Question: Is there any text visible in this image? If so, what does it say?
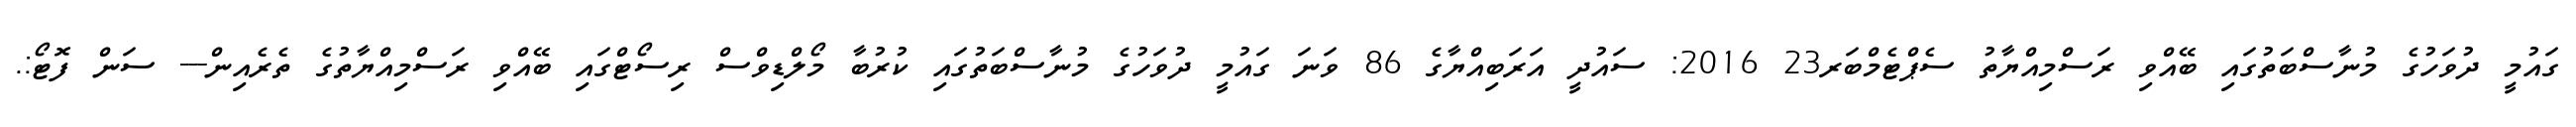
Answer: ގައުމީ ދުވަހުގެ މުނާސްބަތުގައި ބޭއްވި ރަސްމިއްޔާތު ސެޕްޓެމްބަރ23 2016: ސައުދީ އަރަބިއްޔާގެ 86 ވަނަ ގައުމީ ދުވަހުގެ މުނާސްބަތުގައި ކުރުބާ މޯލްޑިވްސް ރިސޯޓްގައި ބޭއްވި ރަސްމިއްޔާތުގެ ތެރެއިން--- ސަން ފޮޓޯ:.